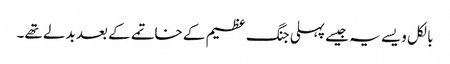
بالکل ویسے یہ جیسے پہلی جنگ عظیم کے خاتمے کے بعد بدلے تھے۔